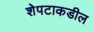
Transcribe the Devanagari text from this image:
शेपटाकडील